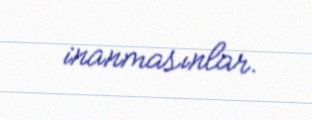
inanmasınlar.